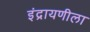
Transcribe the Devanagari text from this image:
इंद्रायणीला